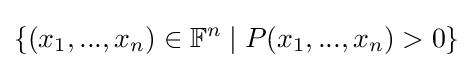
\{(x_{1},...,x_{n})\in \mathbb {F} ^{n}\mid P(x_{1},...,x_{n})>0\}